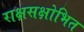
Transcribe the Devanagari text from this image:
राक्षसक्षोभित